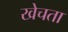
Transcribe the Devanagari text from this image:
खेचता